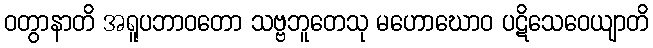
ဝတွာနာတိ အရူပဘာဝတော သဗ္ဗဘူတေသု မဟောဃောဝ ပဋိသေဝေယျာတိ